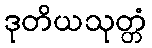
ဒုတိယသုတ္တံ